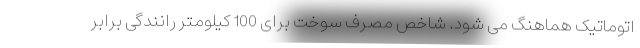
اتوماتیک هماهنگ می شود. شاخص مصرف سوخت برای 100 کیلومتر رانندگی برابر